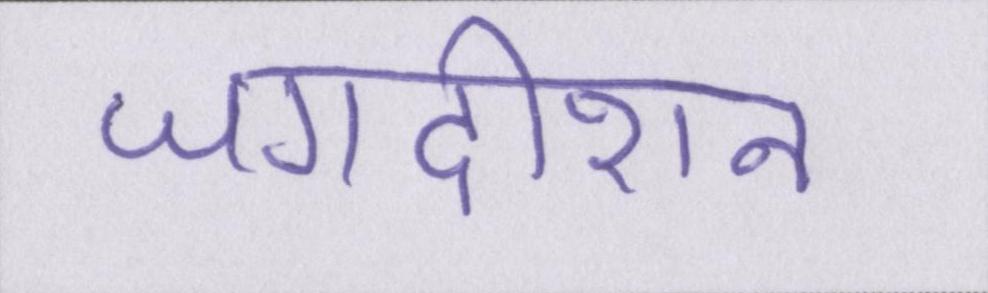
जगदीशन